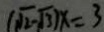
( \sqrt { 2 } - \sqrt { 3 } ) x = 3